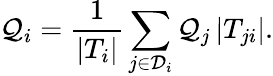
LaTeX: \mathcal{Q}_{i}=\frac{{1}}{{|T_{i}|}}\sum_{j\in\mathcal{{D}}_{i}}\mathcal{Q}_{j}\, |T_{ji}|.